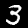
Label: 3